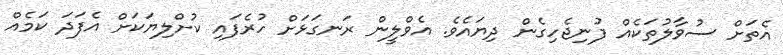
އެތަށް ސުވާލުތަކެއް ފުނިޖެހިގެން ދިޔައެވެ. އެވްލީން ރަނގަޅަށް ހުރެފައި ކުށްލިޔަކަށް އެފަދަ ކަމެއް